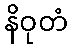
နိဝုတံ